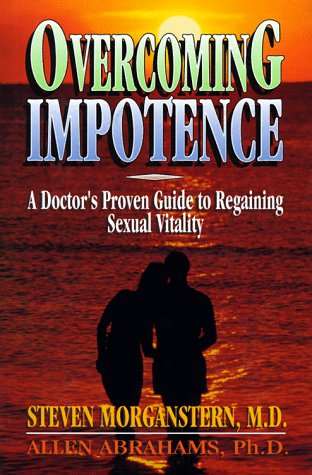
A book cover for Overcoming Impotence: A Doctor's Proven Guide to Regaining Sexual Vitality; Steven Morganstern; Health, Fitness & Dieting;